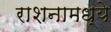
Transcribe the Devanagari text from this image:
राशनामध्ये